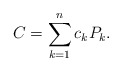
\begin{align*}C = \sum^n_{k=1} c_k P_k.\end{align*}